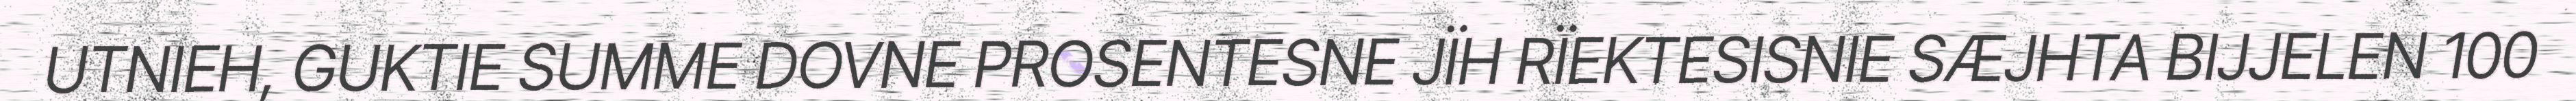
UTNIEH, GUKTIE SUMME DOVNE PROSENTESNE JÏH RÏEKTESISNIE SÆJHTA BIJJELEN 100